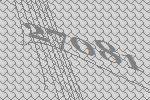
27081